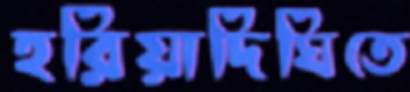
হরিয়াদিঘিতে